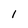
Character: 1